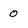
Character: 0